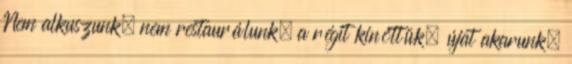
Nem alkuszunk, nem restaurálunk, a régit kinőttük, újat akarunk,